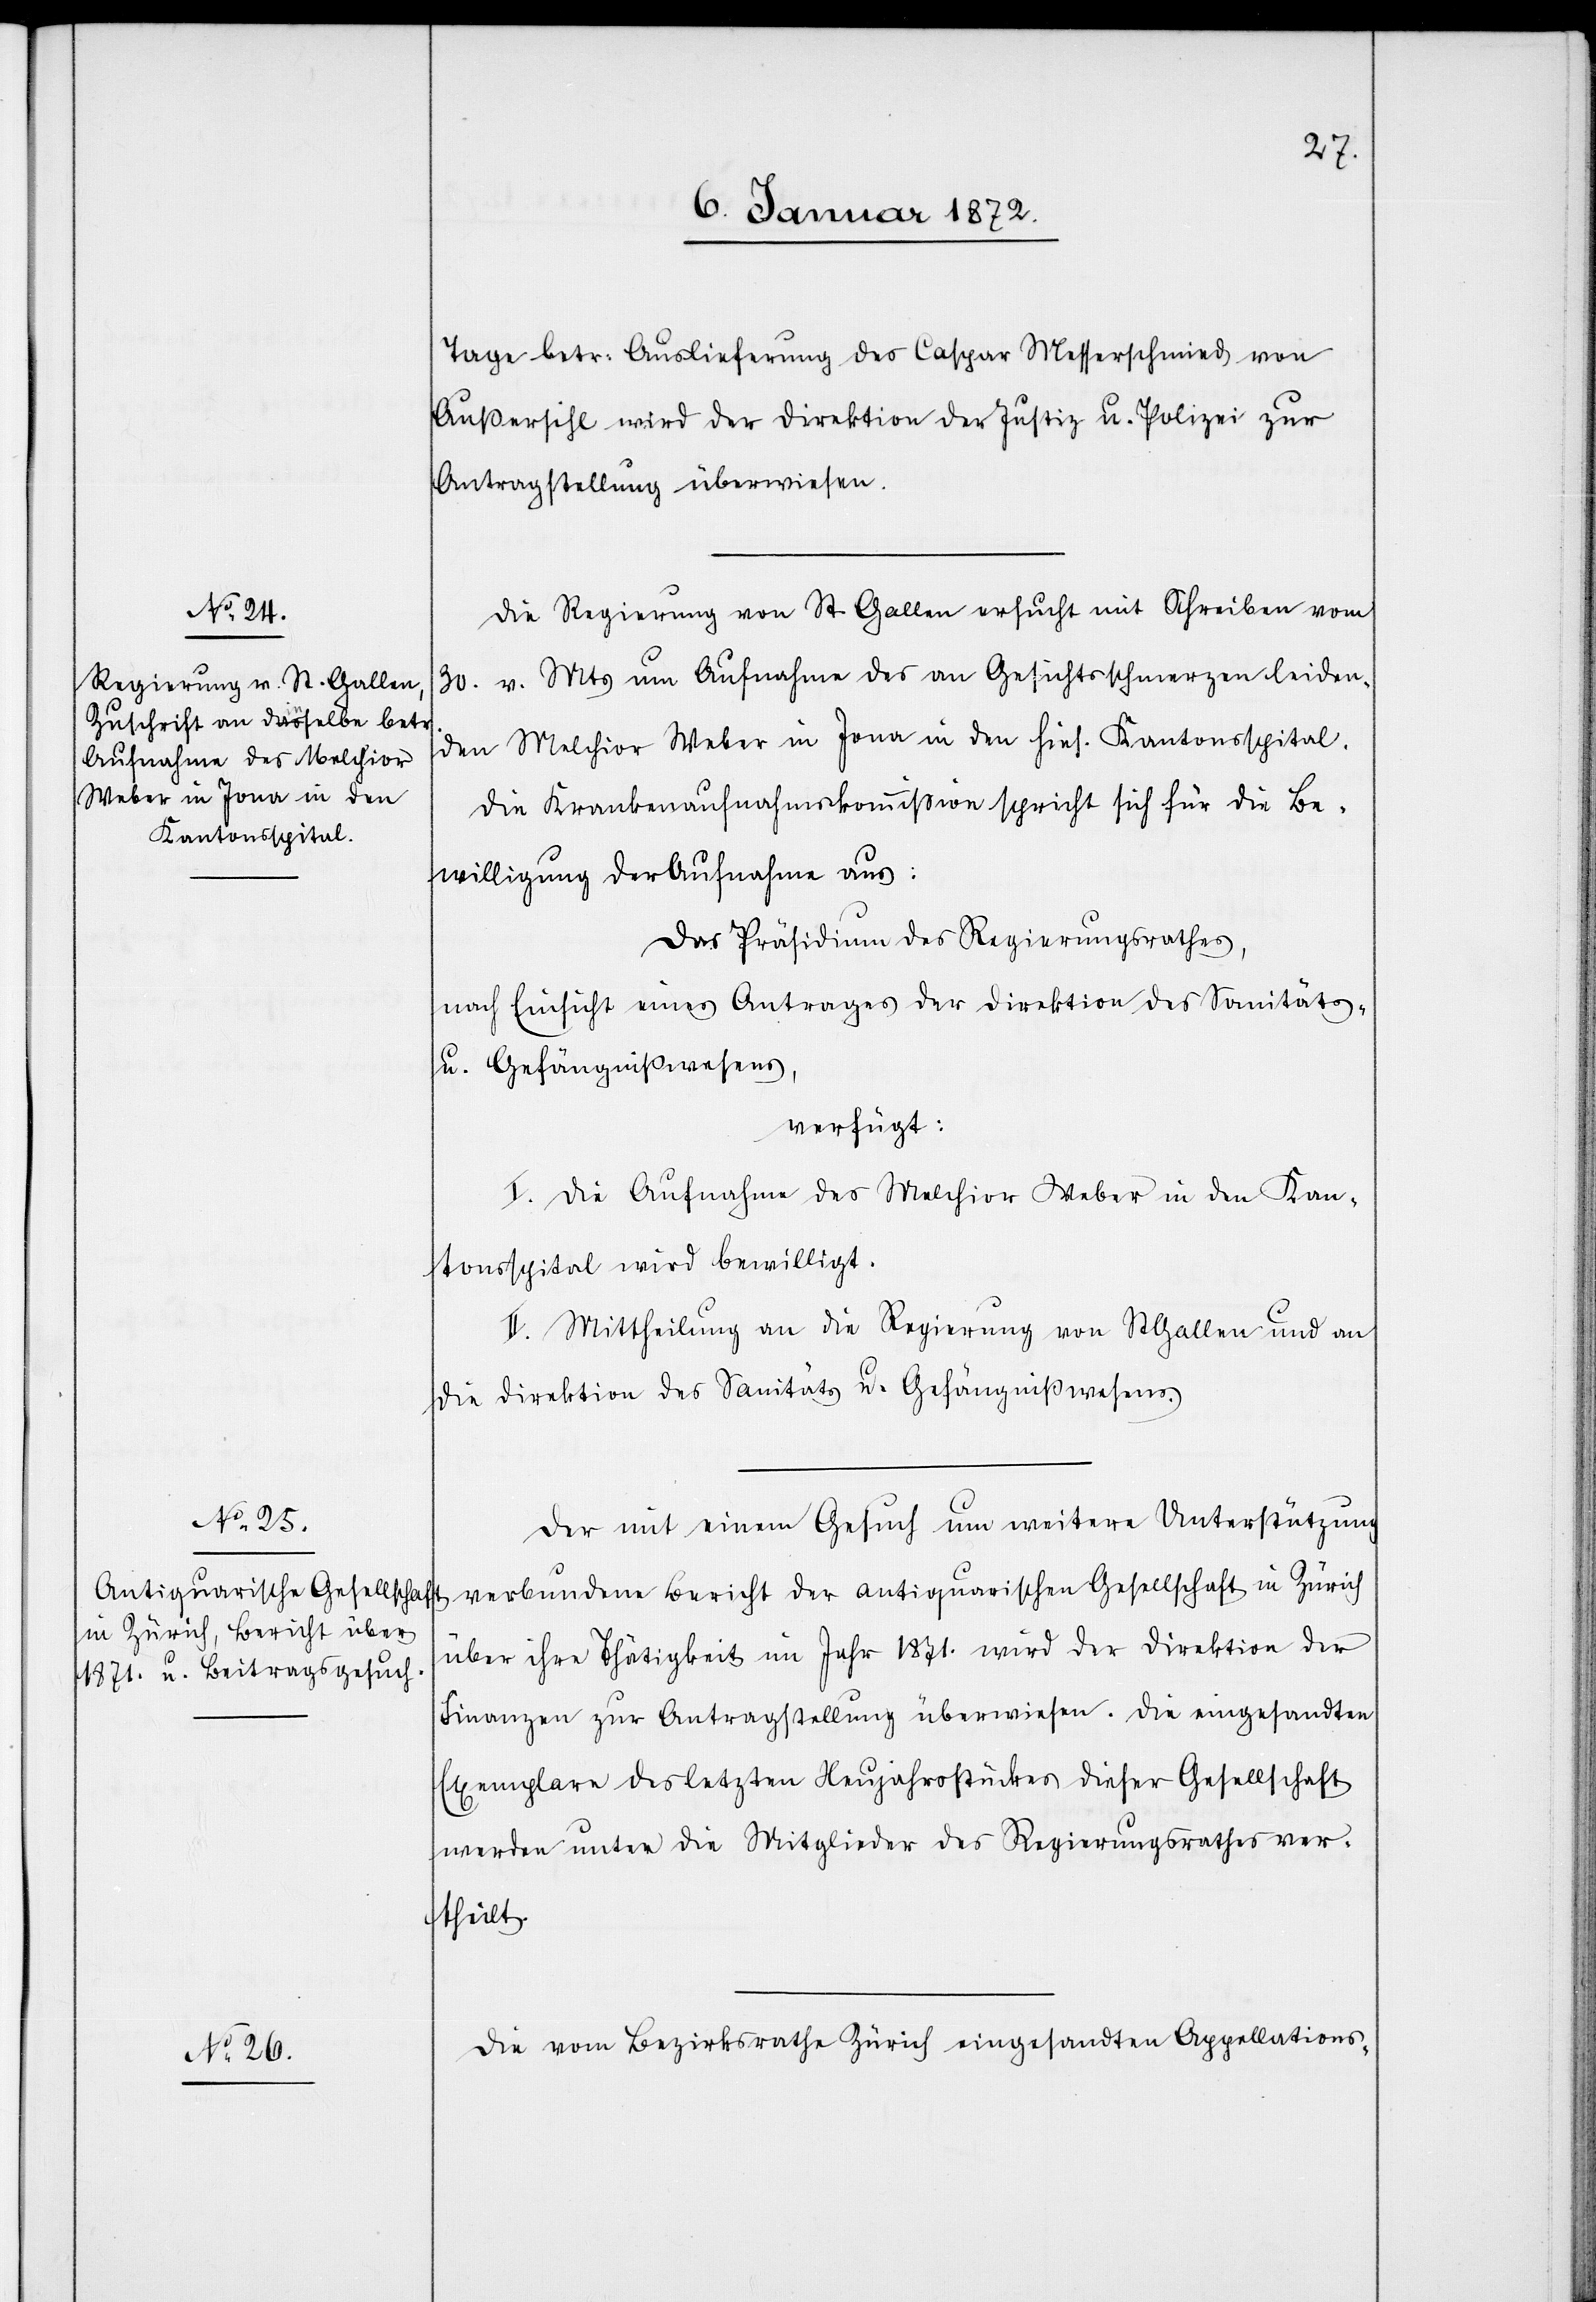
6. Januar 1872.]
Die Regierung von St Gallen ersucht mit Scheiben vom
30. v. Mts um Aufnahme des an Gesichtsschmerzen leiden¬
den Melchior Weber in Jona in den hies. Kantonsspital.
Die Krankenaufnahmskommission spricht sich für die Be¬
willigung der Aufnahme aus:
Das Präsidium des Regierungsrathes,
nach Einsicht eines Antrages der Direktion des Sanitäts-
u. Gefängnißwesens,
verfügt:
I. Die Aufnahme des Melchior Weber in den Kan¬
tonsspital wird bewilligt.
II. Mittheilung an die Regierung von StGallen und an
die Direktion des Sanitäts u. Gefängnißwesens.
Der mit einem Gesuch um weitere Unterstützung
verbundene Bericht der antiquarischen Gesellschaft in Zürich
über ihre Thätigkeit im Jahr 1871. wird der Direktion der
Finanzen zur Antragsstellung überwiesen. Die eingesandten
Exemplare des letzten Neujahrsstückes dieser Gesellschaft
werden unter die Mitglieder des Regierungsrathes ver¬
theilt.
Die vom Bezirksrathe Zürich eingesandten Appellations-